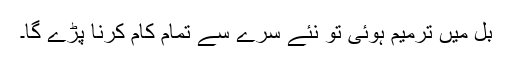
بل میں ترمیم ہوئی تو نئے سرے سے تمام کام کرنا پڑے گا۔